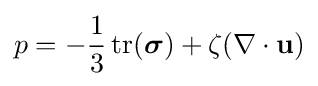
p=-{\frac {1}{3}}\operatorname {tr} ({\boldsymbol {\sigma }})+\zeta (\nabla \cdot \mathbf {u} )